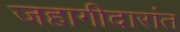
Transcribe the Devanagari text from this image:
जहागीदारांत